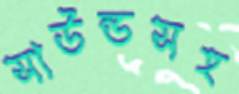
সাউন্ডসহ